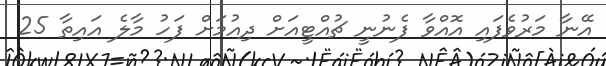
އޭނާ މަރުވެފައި އޮއްވާ ފެނުނީ ޗުއްޓީއަށް ދިއުމަށް ފަހު މާލެ އައިތާ 25